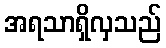
အရသာရှိလှသည်